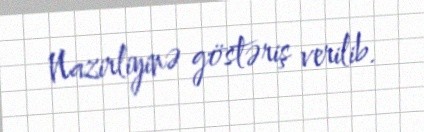
Nazirliyinə göstəriş verilib.